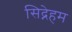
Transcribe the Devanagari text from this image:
सिद्नेहम